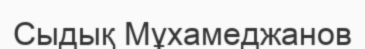
Сыдық Мұхамеджанов